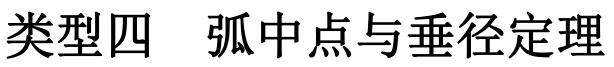
类型四 弧中点与垂径定理